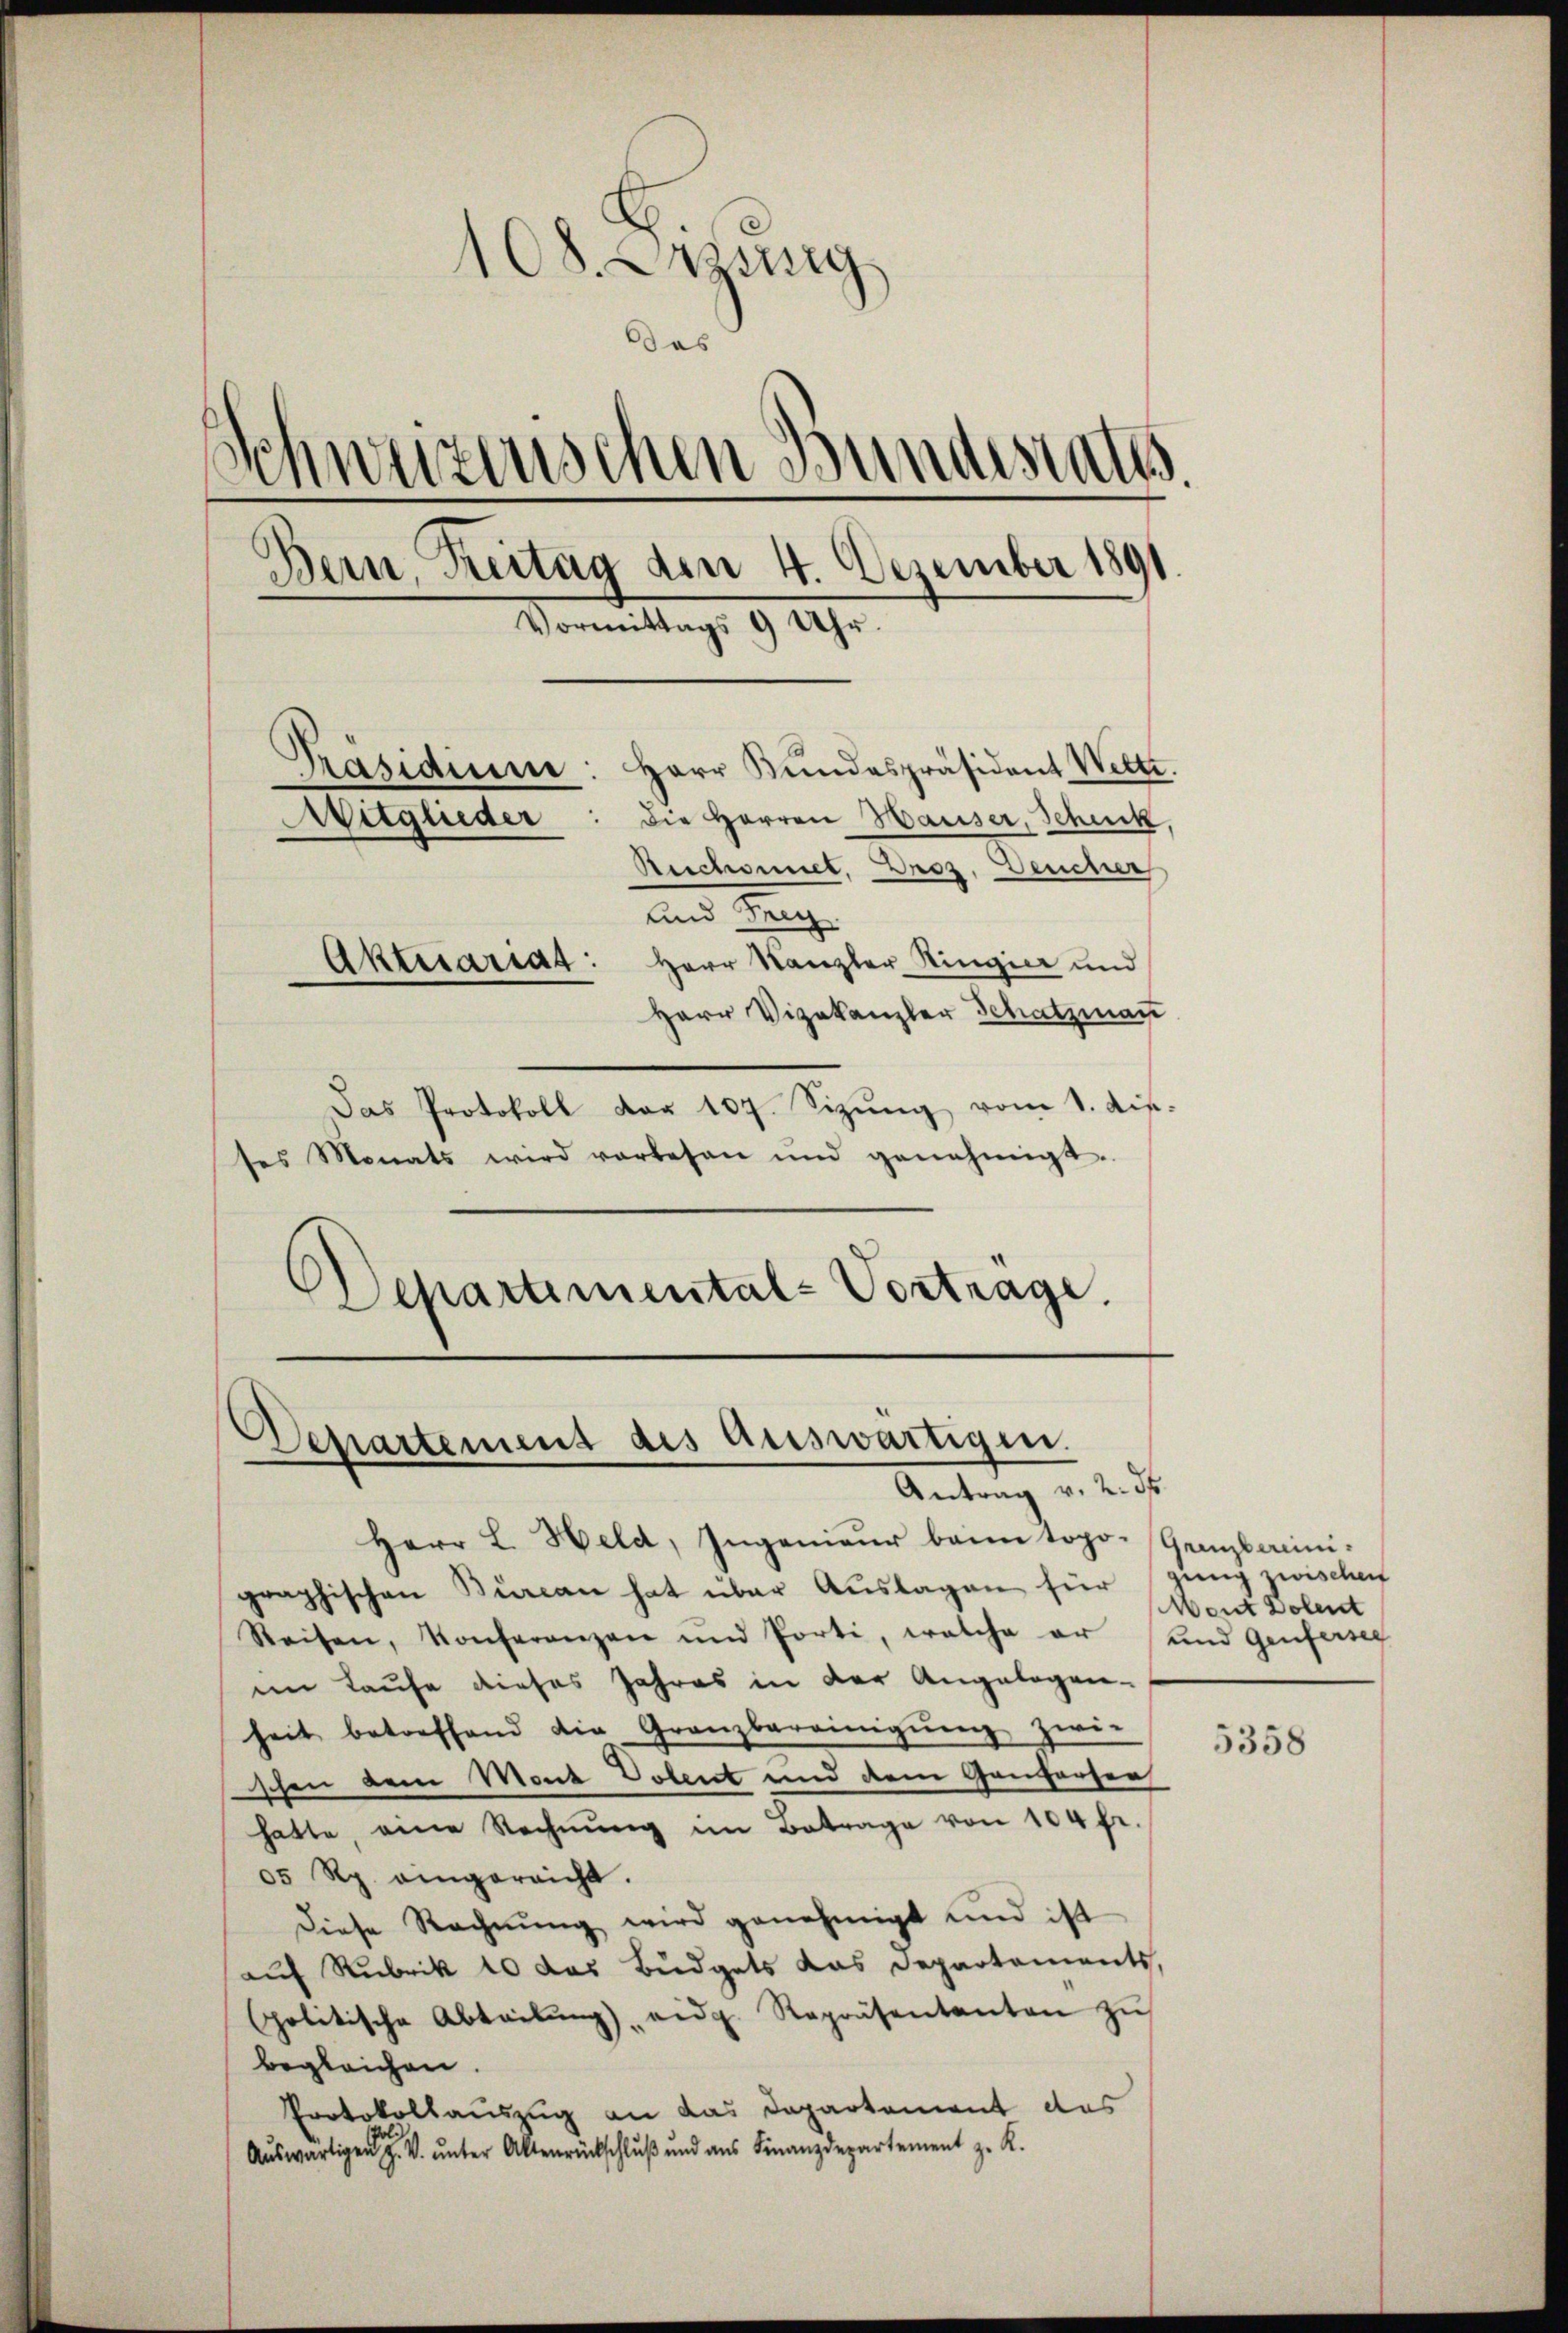
108. Errung
Das
Schweizerischen Bundesraths.
Bern, Zeitag den 4. Dezember 1891.
Vormittags 9 Uhr.
Herr Bŭndespräsident Wette.
Präsidium
Die Herren Hauser, Schick,
Mitglieder
Reichnet. Droz. Deucher
und Frey
Aktuariat: Herr Kanzler Ringier und
Herr Vizekanzler Schatzman

Das Protokoll der 107. Sizŭng vom 1. dieses Monats wird vorlesen und genehmigt.
Separtimental-Vortrage.

Departement des Auswärtigen.
Antrag v. 2. ds.

Herr L. Held, Ingenieŭr beim topo-Granzbereinigraphischen Burcan hat über Auslagen für gung zwischen
Reisen, Konferenzen und Porti, welche er und Genfersel
im Laufe dieses Jahres in der Angelegen-
heit betreffend die Granzbereinigŭng zwi-
schen dem Mont Potent und dem Gantarser
hatte, eine Rechnŭng im Betrage von 104 fr.
05 Rp. eingereicht.
Diese Rechnung wird genehmigt und ist
auf Rubrik 10 das Büdgets das Departements,
Golitische Abteilŭng eidg. Repräsentanten zŭ
begleichen.
Protokollauszug an das Departement des
Auswärtigen H. V. unter Altenrückschluß und aus Finanzdepartement z. K.

Ment Dolent

5358